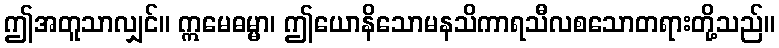
ဤအတူသာလျှင်။ ဣမေဓမ္မာ၊ ဤယောနိသောမနသိကာရသီလစသောတရားတို့သည်။